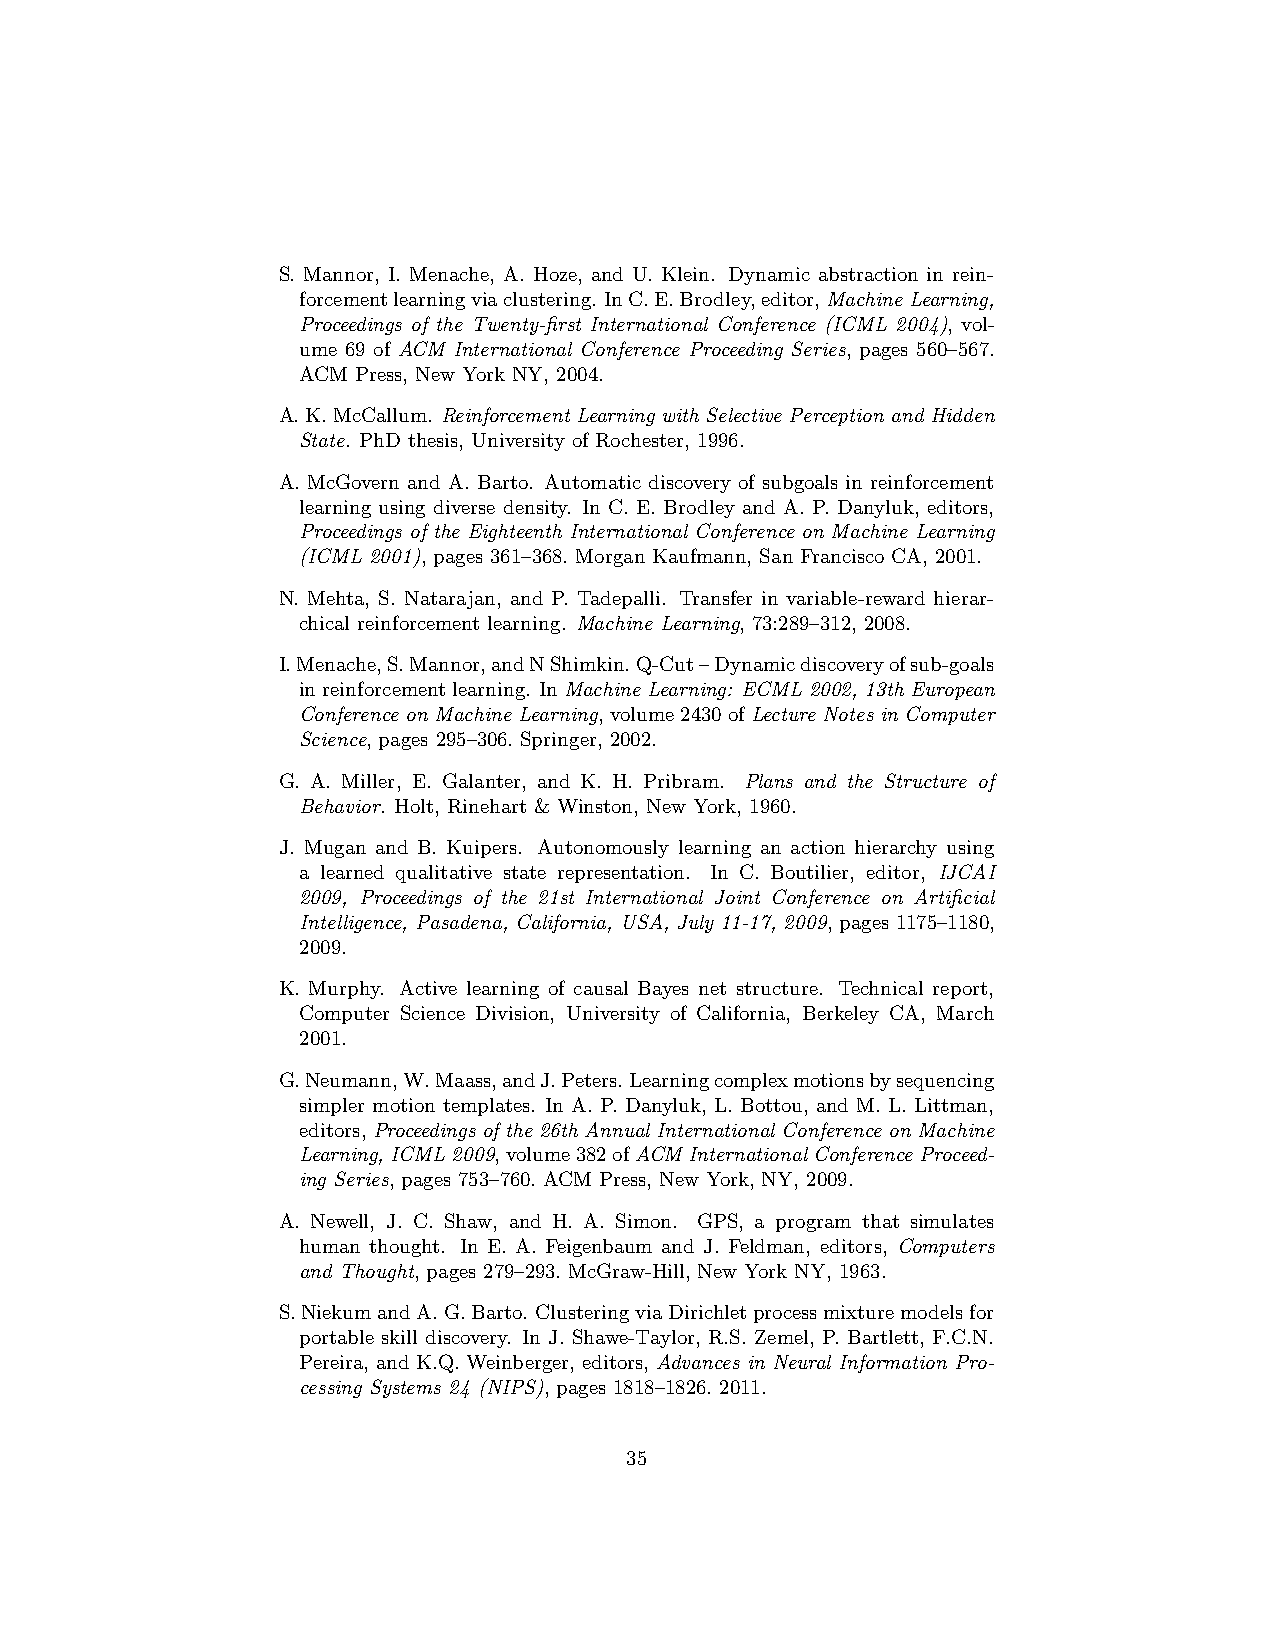
S. Mannor, I. Menache, A. Hoze, and U. Klein. Dynamic abstraction in rein-
 forcementlearningviaclustering. InC.E.Brodley,editor,MachineLearning,
 Proceedings of the Twenty-first International Conference (ICML 2004), vol-
 ume 69 of ACM International Conference Proceeding Series, pages 560–567.
 ACM Press, New York NY, 2004.
 A.K.McCallum. Reinforcement Learning with Selective Perception and Hidden
 State. PhD thesis, University of Rochester, 1996.
 A. McGovern and A. Barto. Automatic discovery of subgoals in reinforcement
 learning using diverse density. In C. E. Brodley and A. P. Danyluk, editors,
 Proceedings of the Eighteenth International Conference on Machine Learning
 (ICML 2001), pages 361–368. Morgan Kaufmann, San Francisco CA, 2001.
 N. Mehta, S. Natarajan, and P. Tadepalli. Transfer in variable-reward hierar-
 chical reinforcement learning. Machine Learning, 73:289–312, 2008.
 I.Menache,S.Mannor,andNShimkin.Q-Cut–Dynamicdiscoveryofsub-goals
 inreinforcementlearning. InMachine Learning: ECML 2002, 13th European
 Conference on Machine Learning, volume2430ofLecture Notes in Computer
 Science, pages 295–306. Springer, 2002.
 G. A. Miller, E. Galanter, and K. H. Pribram. Plans and the Structure of
 Behavior. Holt, Rinehart & Winston, New York, 1960.
 J. Mugan and B. Kuipers. Autonomously learning an action hierarchy using
 a learned qualitative state representation. In C. Boutilier, editor, IJCAI
 2009, Proceedings of the 21st International Joint Conference on Artificial
 Intelligence, Pasadena, California, USA, July 11-17, 2009, pages 1175–1180,
 2009.
 K. Murphy. Active learning of causal Bayes net structure. Technical report,
 Computer Science Division, University of California, Berkeley CA, March
 2001.
 G.Neumann,W.Maass,andJ.Peters.Learningcomplexmotionsbysequencing
 simpler motion templates. In A. P. Danyluk, L. Bottou, and M. L. Littman,
 editors,Proceedings of the 26th Annual International Conference on Machine
 Learning, ICML2009,volume382ofACMInternationalConferenceProceed-
 ing Series, pages 753–760. ACM Press, New York, NY, 2009.
 A. Newell, J. C. Shaw, and H. A. Simon. GPS, a program that simulates
 human thought. In E. A. Feigenbaum and J. Feldman, editors, Computers
 and Thought, pages 279–293. McGraw-Hill, New York NY, 1963.
 S.NiekumandA.G.Barto. ClusteringviaDirichletprocessmixturemodelsfor
 portable skill discovery. In J. Shawe-Taylor, R.S. Zemel, P. Bartlett, F.C.N.
 Pereira, and K.Q. Weinberger, editors, Advances in Neural Information Pro-
 cessing Systems 24 (NIPS), pages 1818–1826. 2011.
 35